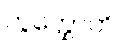
ကွတ္ထောတိ